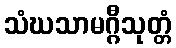
သံဃသာမဂ္ဂီသုတ္တံ